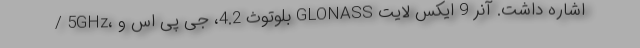
/ 5GHz، بلوتوث 4.2، جی پی اس و GLONASS اشاره داشت. آنر 9 ایکس لایت